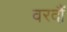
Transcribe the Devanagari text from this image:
वरदौं